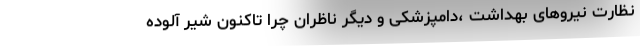
نظارت نیروهای بهداشت ،دامپزشکی و دیگر ناظران چرا تاکنون شیر آلوده